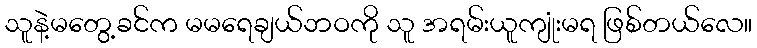
သူနဲ့မတွေ့ခင်က မမရေချယ်ဘဝကို သူ အရမ်းယူကျုံးမရ ဖြစ်တယ်လေ။